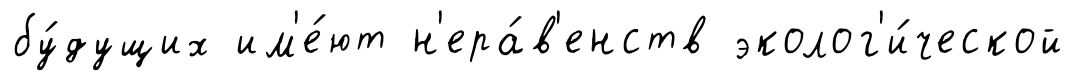
бу́дущих им'е́ют н'ера́в'енств эколог'и́ческой